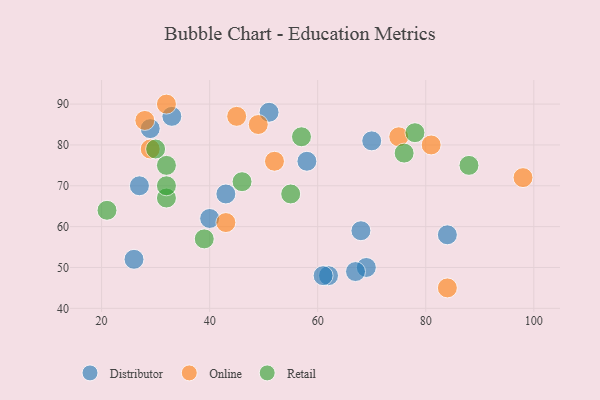
{"axis": {"x": "GDP", "y": "Life Expectancy"}, "legend": ["Distributor", "Online", "Retail"], "data": [{"x": "69", "y": 50, "type": "Distributor"}, {"x": "33", "y": 87, "type": "Distributor"}, {"x": "43", "y": 68, "type": "Distributor"}, {"x": "29", "y": 84, "type": "Distributor"}, {"x": "26", "y": 52, "type": "Distributor"}, {"x": "40", "y": 62, "type": "Distributor"}, {"x": "84", "y": 58, "type": "Distributor"}, {"x": "70", "y": 81, "type": "Distributor"}, {"x": "27", "y": 70, "type": "Distributor"}, {"x": "58", "y": 76, "type": "Distributor"}, {"x": "62", "y": 48, "type": "Distributor"}, {"x": "61", "y": 48, "type": "Distributor"}, {"x": "68", "y": 59, "type": "Distributor"}, {"x": "67", "y": 49, "type": "Distributor"}, {"x": "51", "y": 88, "type": "Distributor"}, {"x": "84", "y": 45, "type": "Online"}, {"x": "52", "y": 76, "type": "Online"}, {"x": "75", "y": 82, "type": "Online"}, {"x": "49", "y": 85, "type": "Online"}, {"x": "81", "y": 80, "type": "Online"}, {"x": "45", "y": 87, "type": "Online"}, {"x": "43", "y": 61, "type": "Online"}, {"x": "29", "y": 79, "type": "Online"}, {"x": "28", "y": 86, "type": "Online"}, {"x": "98", "y": 72, "type": "Online"}, {"x": "32", "y": 90, "type": "Online"}, {"x": "39", "y": 57, "type": "Retail"}, {"x": "32", "y": 75, "type": "Retail"}, {"x": "46", "y": 71, "type": "Retail"}, {"x": "78", "y": 83, "type": "Retail"}, {"x": "30", "y": 79, "type": "Retail"}, {"x": "88", "y": 75, "type": "Retail"}, {"x": "57", "y": 82, "type": "Retail"}, {"x": "55", "y": 68, "type": "Retail"}, {"x": "32", "y": 67, "type": "Retail"}, {"x": "32", "y": 70, "type": "Retail"}, {"x": "21", "y": 64, "type": "Retail"}, {"x": "76", "y": 78, "type": "Retail"}]}